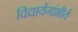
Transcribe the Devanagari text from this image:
विचार्यगांभीर्य